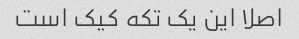
اصلا این یک تکه کیک است